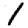
Digit: 1